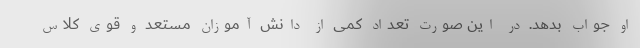
او جواب بدهد. در این صورت تعداد کمی از دانش آموزان مستعد و قوی کلاس